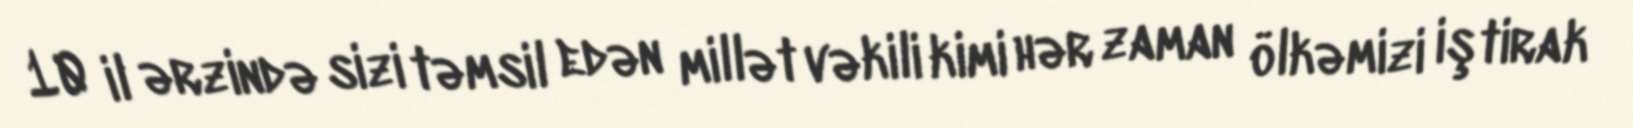
10 il ərzində sizi təmsil edən millət vəkili kimi hər zaman ölkəmizi iştirak